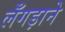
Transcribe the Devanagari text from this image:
लँगड़ाने